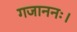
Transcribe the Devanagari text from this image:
गजाननः।